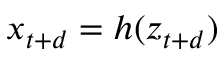
x _ { t + d } = h ( z _ { t + d } )